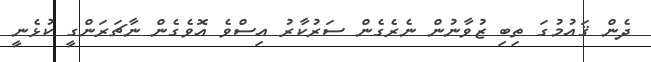
ދެން ޤައުމުގަ ތިބި ޒުވާނުން ނެރެގެން ސަރުކާރު އިސްވެ އޮވެގެން ނާޗަރަންގީ ކުޅެނީ